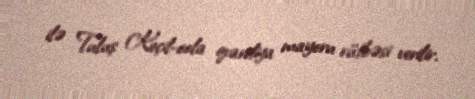
ilə Tuluş Keçil-oola qvardiya mayoru rütbəsi verilir.